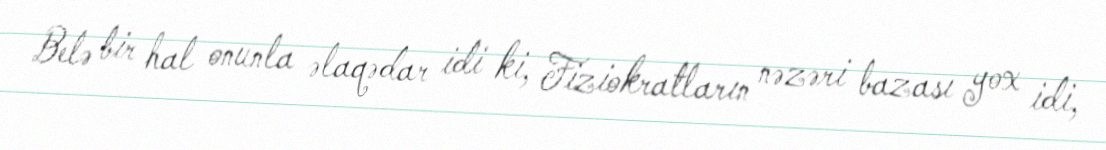
Belə bir hal onunla əlaqədar idi ki, Fiziokratların nəzəri bazası yox idi,